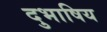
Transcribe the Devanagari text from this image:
दुभाषिय